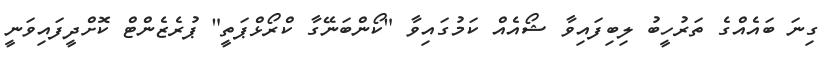
ގިނަ ބައެއްގެ ތަރުހީބު ލިބިފައިވާ ޝޯއެއް ކަމުގައިވާ "ކޯންބަނޭގާ ކްރޯޅްޕަތީ" ޕުރެޒެންޓް ކޮށްދީފައިވަނީ